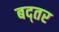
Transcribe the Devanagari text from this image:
बद्तर